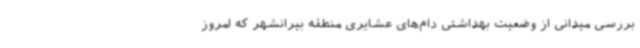
بررسی میدانی از وضعیت بهداشتی دام‌های عشایری منطقه بیرانشهر که امروز